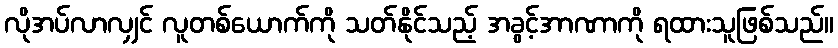
လိုအပ်လာလျှင် လူတစ်ယောက်ကို သတ်နိုင်သည့် အခွင့်အာဏာကို ရထားသူဖြစ်သည်။